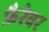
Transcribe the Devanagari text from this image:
फ़ैरेवर